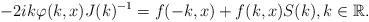
LaTeX: \begin{align*} -2ik \varphi(k,x)J(k)^{-1}=f(-k,x)+f(k,x)S(k),k\in\mathbb{R}.\end{align*}